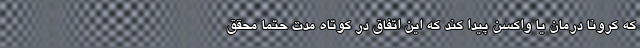
که کرونا درمان یا واکسن پیدا کند که این اتفاق در کوتاه مدت حتما محقق